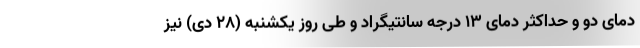
دمای دو و حداکثر دمای ۱۳ درجه سانتیگراد و طی روز یکشنبه (۲۸ دی) نیز